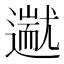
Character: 𬩗